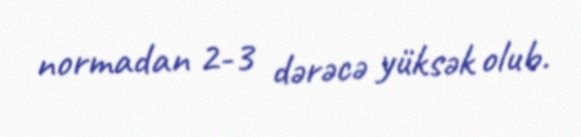
normadan 2-3 dərəcə yüksək olub.